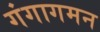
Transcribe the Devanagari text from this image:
गंगागमन